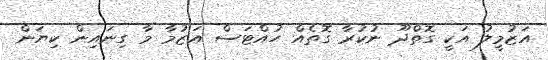
އަޒުމީލު އަކީ ގޮތްދޫ ނުކުރާ ގޮތެއް ހުއްޓަސް އަޒުމާ މާ ގިނައިން ކިޔަން